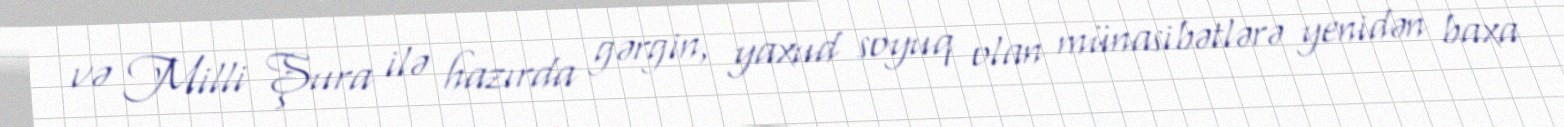
və Milli Şura ilə hazırda gərgin, yaxud soyuq olan münasibətlərə yenidən baxa